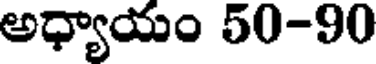
అధ్యాయం 50-90